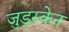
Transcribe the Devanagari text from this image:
जुड्स्केन